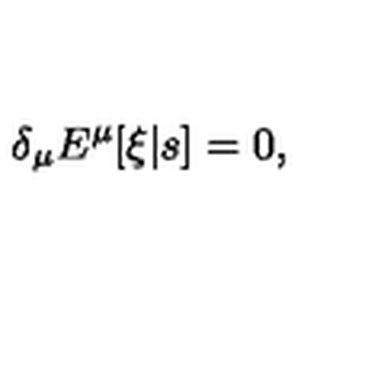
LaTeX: \delta _ { \mu } E ^ { \mu } [ \xi | s ] = 0 ,